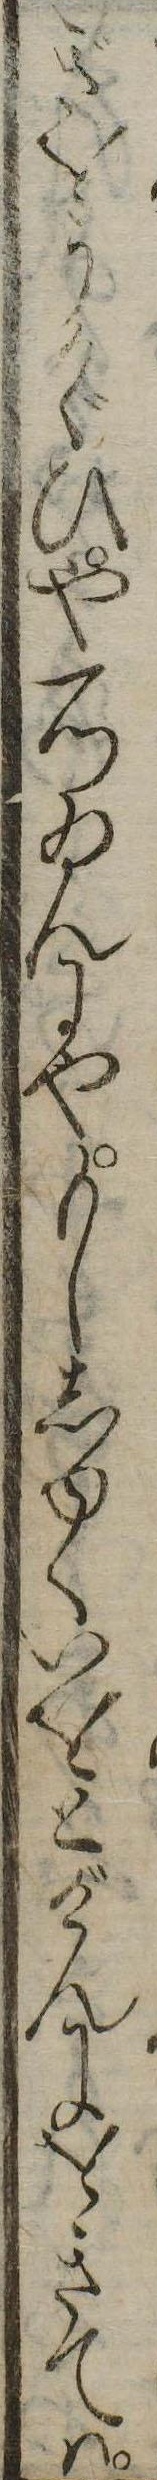
ぎをうかゞひや一つゐんにやもししゆくいをとげんにをきては